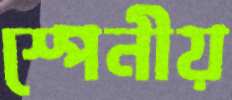
স্পেনীয়